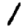
Digit: 1